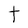
Character: t